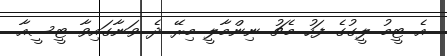
އެ ޓީމު ލީގުގެ ފަހު މެޗު ނިންމާލީ މިރޭ ދެ ވަނާގައިވާ ޓީސީއާ